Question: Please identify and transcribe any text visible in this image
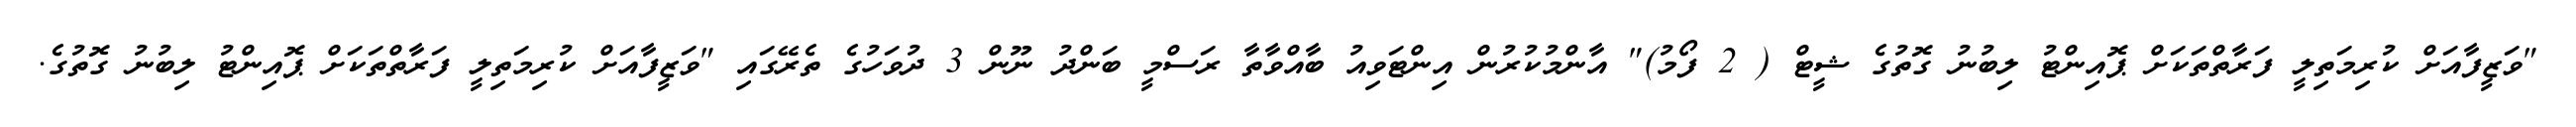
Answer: "ވަޒީފާއަށް ކުރިމަތިލީ ފަރާތްތަކަށް ޕޮއިންޓު ލިބުނު ގޮތުގެ ޝީޓް ( 2 ފޯމު)" އާންމުކުރުން އިންޓަވިއު ބާއްވާތާ ރަސްމީ ބަންދު ނޫން 3 ދުވަހުގެ ތެރޭގައި "ވަޒީފާއަށް ކުރިމަތިލީ ފަރާތްތަކަށް ޕޮއިންޓު ލިބުނު ގޮތުގެ.